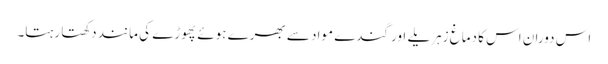
اس دوران اس کا دماغ زہریلے اور گندے مواد سے بھرے ہوئے پھوڑے کی مانند دکھتا رہتا۔